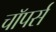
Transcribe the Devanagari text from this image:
चाॅपर्स